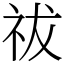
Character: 祓